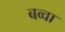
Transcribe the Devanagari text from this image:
बव्वा